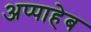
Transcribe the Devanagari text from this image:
अप्पाहेब